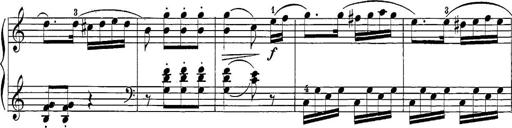
Title: 12 Sonatine per Pianoforte
Composer: Friedrich Kuhlau